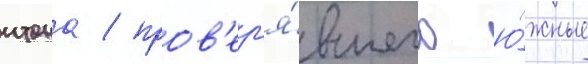
итона / пров'ер'я́вшего ю́жные